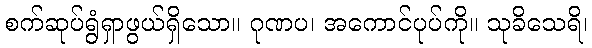
စက်ဆုပ်ရွံရှာဖွယ်ရှိသော။ ဂုဏပ၊ အကောင်ပုပ်ကို။ သုခိသေရိ၊